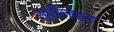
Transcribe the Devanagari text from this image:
सुपीलेपन